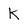
Character: k